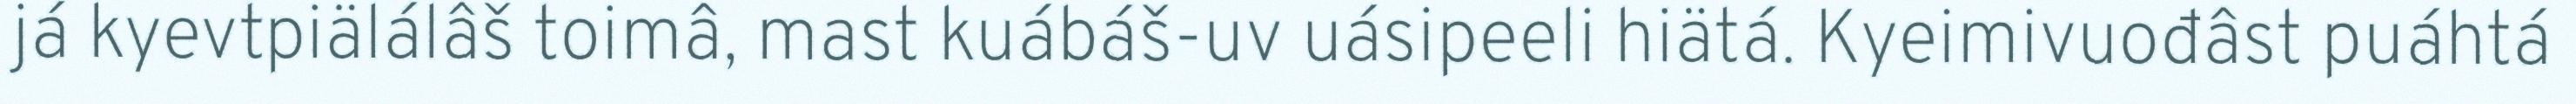
já kyevtpiälálâš toimâ, mast kuábáš-uv uásipeeli hiätá. Kyeimivuođâst puáhtá